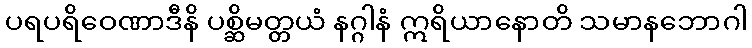
ပရပရိဝေဏာဒီနိ ပစ္ဆိမတ္တယံ နဂ္ဂါနံ ဣရိယာနောတိ သမာနဘောဂါ